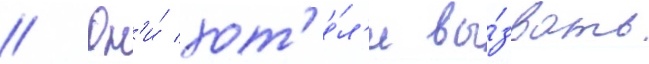
// Он'и́ хот'е́л'и вы́звать